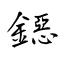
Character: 鐚